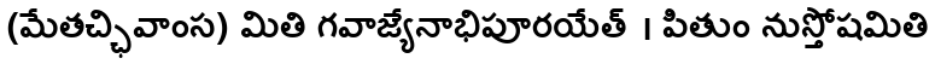
(మేతచ్ఛివాంస) మితి గవాజ్యేనాభిపూరయేత్ । పితుం నుస్తోషమితి